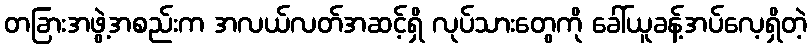
တခြားအဖွဲ့အစည်းက အလယ်လတ်အဆင့်ရှိ လုပ်သားတွေကို ခေါ်ယူခန့်အပ်လေ့ရှိတဲ့